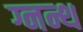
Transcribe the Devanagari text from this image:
ग्नन्थ